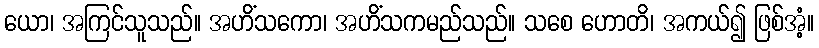
ယော၊ အကြင်သူသည်။ အဟိံသကော၊ အဟိံသကမည်သည်။ သစေ ဟောတိ၊ အကယ်၍ ဖြစ်အံ့။